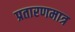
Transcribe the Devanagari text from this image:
प्रतारणमात्र